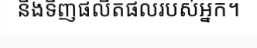
នឹងទិញផលិតផលរបស់អ្នក។